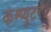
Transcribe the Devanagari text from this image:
कम्प्युटर।